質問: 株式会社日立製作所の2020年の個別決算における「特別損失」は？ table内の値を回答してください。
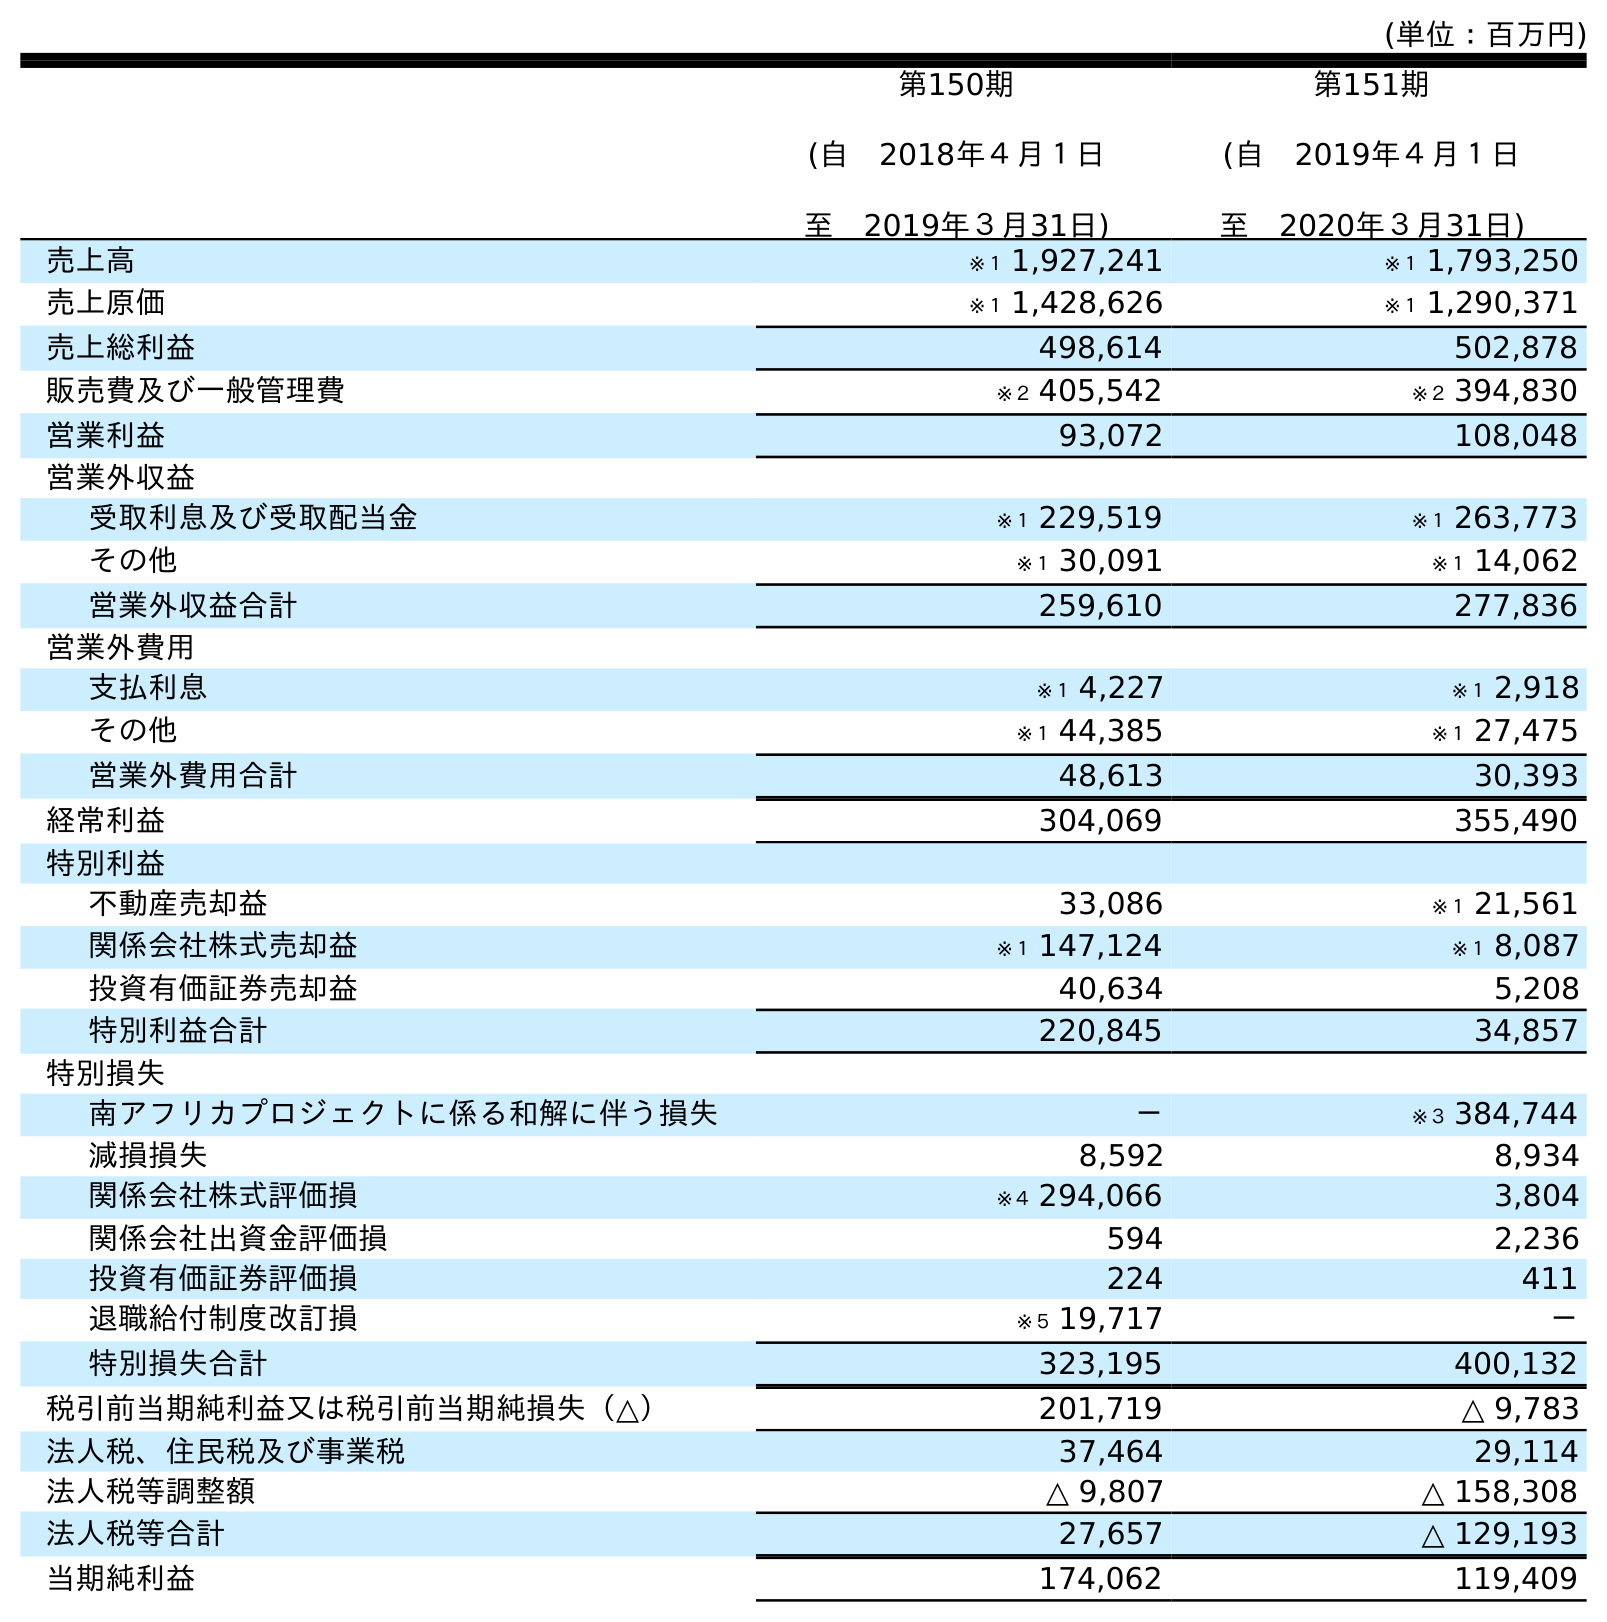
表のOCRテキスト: (単位：百万円) 第150期 (自 2018年４月１日 至 2019年３月31日) 第151期 (自 2019年４月１日 至 2020年３月31日) 売上高 ※１ 1,927,241 ※１ 1,793,250 売上原価 ※１ 1,428,626 ※１ 1,290,371 売上総利益 498,614 502,878 販売費及び一般管理費 ※２ 405,542 ※２ 394,830 営業利益 93,072 108,048 営業外収益 受取利息及び受取配当金 ※１ 229,519 ※１ 263,773 その他 ※１ 30,091 ※１ 14,062 営業外収益合計 259,610 277,836 営業外費用 支払利息 ※１ 4,227 ※１ 2,918 その他 ※１ 44,385 ※１ 27,475 営業外費用合計 48,613 30,393 経常利益 304,069 355,490 特別利益 不動産売却益 33,086 ※１ 21,561 関係会社株式売却益 ※１ 147,124 ※１ 8,087 投資有価証券売却益 40,634 5,208 特別利益合計 220,845 34,857 特別損失 南アフリカプロジェクトに係る和解に伴う損失 － ※３ 384,744 減損損失 8,592 8,934 関係会社株式評価損 ※４ 294,066 3,804 関係会社出資金評価損 594 2,236 投資有価証券評価損 224 411 退職給付制度改訂損 ※５ 19,717 － 特別損失合計 323,195 400,132 税引前当期純利益又は税引前当期純損失（△） 201,719 △ 9,783 法人税、住民税及び事業税 37,464 29,114 法人税等調整額 △ 9,807 △ 158,308 法人税等合計 27,657 △ 129,193 当期純利益 174,062 119,409
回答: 400,132